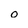
Character: 0